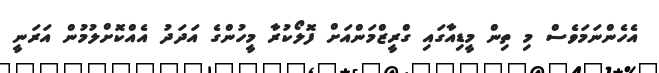
އެހެންނަމަވެސް މި ތިން މީޑިއާގައި ގްރީޒްމަންއަށް ފޮލޯކުރާ މީހުންގެ އަދަދު އެއްކޮށްލުމުން އަރަނީ